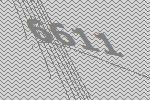
6611